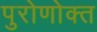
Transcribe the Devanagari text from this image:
पुरोणोक्त